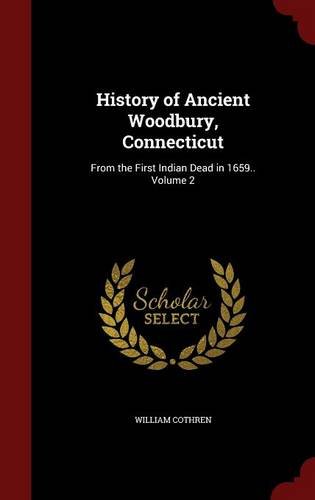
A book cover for History of Ancient Woodbury, Connecticut: From the First Indian Dead in 1659.. Volume 2; William Cothren; Biographies & Memoirs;